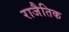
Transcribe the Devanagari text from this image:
राजैतिक